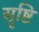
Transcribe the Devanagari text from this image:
सॄष्टि